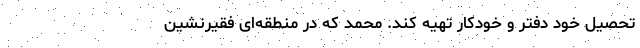
تحصیل خود دفتر و خودکار تهیه‌ کند‌. محمد که در منطقه‌ای‌ فقیرنشین